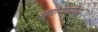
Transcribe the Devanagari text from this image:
आरोपणयोग्य